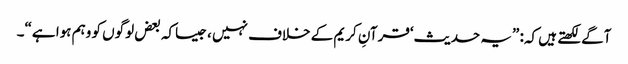
آگے لکھتے ہیں کہ: ”یہ حدیث‘قرآنِ کریم کے خلاف نہیں ، جیساکہ بعض لوگوں کو وہم ہوا ہے“۔